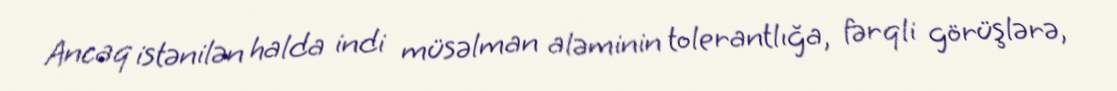
Ancaq istənilən halda indi müsəlman aləminin tolerantlığa, fərqli görüşlərə,